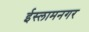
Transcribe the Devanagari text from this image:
ईस्लामनगर